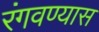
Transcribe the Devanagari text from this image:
रंगवण्यास